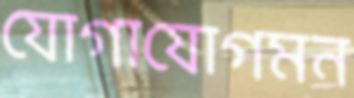
যোগাযোগমন